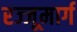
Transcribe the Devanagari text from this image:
रज्जूमार्ग